Annual report of the Madras Medical College
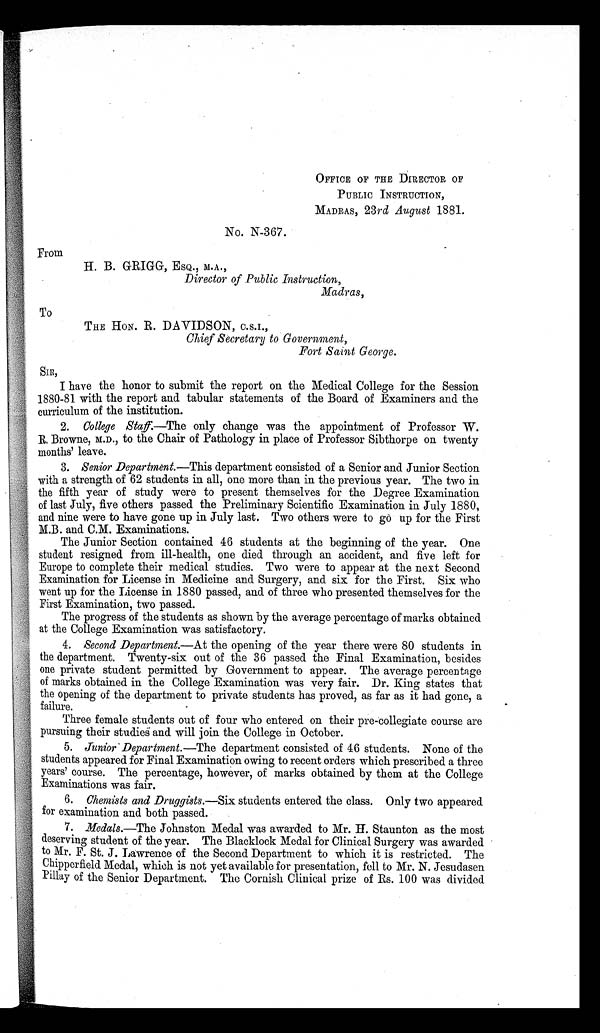
OFFICE OF THE DIRECTOR OF
PUBLIC INSTRUCTION,
MADRAS, 23rd August 1881.
No. N-367.
From
H. B. GRIGG, ESQ., M.A.,
Director of Public Instruction,
Madras,
To
THE HON. R. DAVIDSON, C.S.I.,
Chief Secretary to Government,
Fort Saint George.
SIR,
I have the honor to submit the report on the Medical College for the Session
1880-81 with the report and tabular statements of the Board of Examiners and the
curriculum of the institution.
2. College Staff. —The only change was the appointment of Professor W.
R. Browne, M.D., to the Chair of Pathology in place of Professor Sibthorpe on twenty
months' leave.
3. Senior Department. —This department consisted of a Senior and Junior Section
with a strength of 62 students in all, one more than in the previous year. The two in
the fifth year of study were to present themselves for the Degree Examination
of last July, five others passed the Preliminary Scientific Examination in July 1880,
and nine were to have gone up in July last. Two others were to go up for the First
M.B. and C.M. Examinations.
The Junior Section contained 46 students at the beginning of the year. One
student resigned from ill-health, one died through an accident, and five left for
Europe to complete their medical studies. Two were to appear at the next Second
Examination for License in Medicine and Surgery, and six for the First. Six who
went up for the License in 1880 passed, and of three who presented themselves for the
First Examination, two passed.
The progress of the students as shown by the average percentage of marks obtained
at the College Examination was satisfactory.
4. Second Department. —At the opening of the year there were 80 students in
the department. Twenty-six out of the 36 passed the Final Examination, besides
one private student permitted by Government to appear. The average percentage
of marks obtained in the College Examination was very fair. Dr. King states that
the opening of the department to private students has proved, as far as it had gone, a
failure.
Three female students out of four who entered on their pre-collegiate course are
pursuing their studies and will join the College in October.
5. Junior Department. —The department consisted of 46 students. None of the
students appeared for Final Examination owing to recent orders which prescribed a three
years' course. The percentage, however, of marks obtained by them at the College
Examinations was fair.
6.
Chemists and Druggists.—Six students entered the class. Only two appeared
for examination and both passed.
7. Medals.—The Johnston Medal was awarded to Mr. H. Staunton as the most
deserving student of the year. The Blacklock Medal for Clinical Surgery was awarded
to Mr. F. St. J. Lawrence of the Second Department to which it is restricted. The
Chipperfield Medal, which is not yet available for presentation, fell to Mr. N. Jesudasen
Pillay of the Senior Department. The Cornish Clinical prize of Rs. 100 was divided